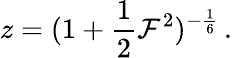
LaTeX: z=({1+{\frac{1}{2}}{\cal F}^{2}})^{-{\frac{1}{6}}}\, .